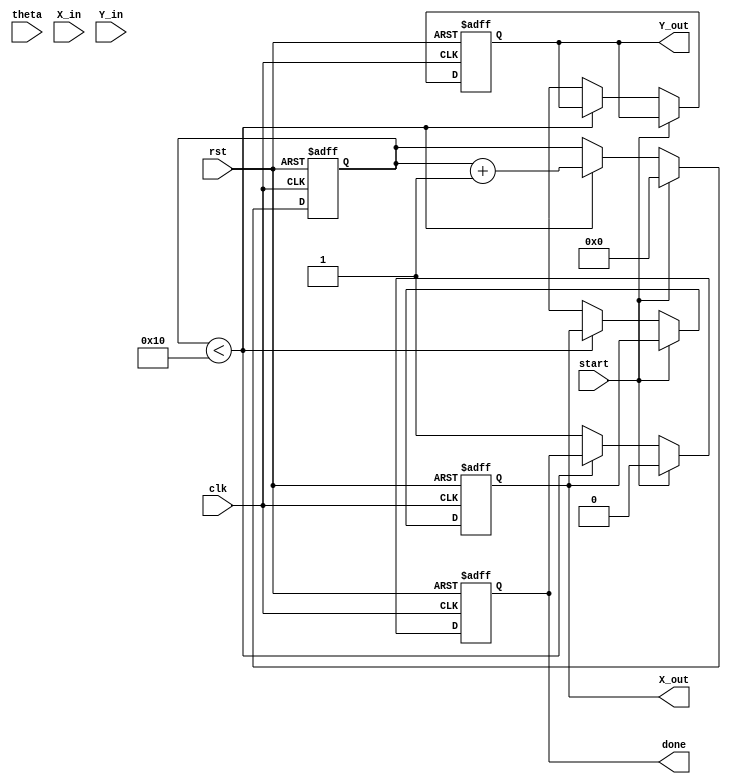
module cordic_rotational #(
    parameter WIDTH = 16,           // Width of fixed-point representation
    parameter ITERATIONS = 16       // Number of iterations for CORDIC
)(
    input wire clk,
    input wire rst,
    input wire [WIDTH-1:0] theta,   // Angle in radians (fixed-point)
    input wire [WIDTH-1:0] X_in,     // Initial x-coordinate
    input wire [WIDTH-1:0] Y_in,     // Initial y-coordinate
    input wire start,                // Start signal for computation
    output reg [WIDTH-1:0] X_out,    // Final x-coordinate
    output reg [WIDTH-1:0] Y_out,    // Final y-coordinate
    output reg done                  // Done signal
);

    // Angle lookup table (arctan values for CORDIC)
    reg [WIDTH-1:0] atan_table [0:ITERATIONS-1];
    initial begin
        // Pre-computed arctangent values (fixed-point)
        atan_table[0] = 16'h26B2; // atan(2^-0)
        atan_table[1] = 16'h1D7A; // atan(2^-1)
        atan_table[2] = 16'h13B2; // atan(2^-2)
        atan_table[3] = 16'h0A9C; // atan(2^-3)
        atan_table[4] = 16'h0523; // atan(2^-4)
        atan_table[5] = 16'h0299; // atan(2^-5)
        atan_table[6] = 16'h0149; // atan(2^-6)
        atan_table[7] = 16'h00A2; // atan(2^-7)
        atan_table[8] = 16'h0051; // atan(2^-8)
        atan_table[9] = 16'h0029; // atan(2^-9)
        atan_table[10] = 16'h0014; // atan(2^-10)
        atan_table[11] = 16'h000A; // atan(2^-11)
        atan_table[12] = 16'h0005; // atan(2^-12)
        atan_table[13] = 16'h0002; // atan(2^-13)
        atan_table[14] = 16'h0001; // atan(2^-14)
        atan_table[15] = 16'h0000; // atan(2^-15)
    end

    reg [WIDTH-1:0] X[0:ITERATIONS-1]; // X values for each iteration
    reg [WIDTH-1:0] Y[0:ITERATIONS-1]; // Y values for each iteration
    reg [WIDTH-1:0] theta_reg;          // Register for theta
    reg [3:0] iteration;                 // Iteration counter

    always @(posedge clk or posedge rst) begin
        if (rst) begin
            X_out <= 0;
            Y_out <= 0;
            done <= 0;
            iteration <= 0;
        end else if (start) begin
            // Initialize values
            X[0] <= X_in;
            Y[0] <= Y_in;
            theta_reg <= theta;
            iteration <= 0;
            done <= 0;
        end else if (iteration < ITERATIONS) begin
            // CORDIC iteration
            if (theta_reg < 0) begin
                // Rotate clockwise
                X[iteration + 1] <= X[iteration] + (Y[iteration] >>> iteration);
                Y[iteration + 1] <= Y[iteration] - (X[iteration] >>> iteration);
                theta_reg <= theta_reg + atan_table[iteration];
            end else begin
                // Rotate counter-clockwise
                X[iteration + 1] <= X[iteration] - (Y[iteration] >>> iteration);
                Y[iteration + 1] <= Y[iteration] + (X[iteration] >>> iteration);
                theta_reg <= theta_reg - atan_table[iteration];
            end
            iteration <= iteration + 1;
        end else begin
            // Final output after all iterations
            X_out <= X[ITERATIONS];
            Y_out <= Y[ITERATIONS];
            done <= 1;
        end
    end
endmodule